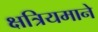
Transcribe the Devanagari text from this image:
क्षत्रियमाने